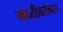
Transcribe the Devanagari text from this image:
मदतीबरोबरच